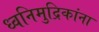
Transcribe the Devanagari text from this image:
ध्वनिमुद्रिकांना